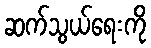
ဆက်သွယ်ရေးကို